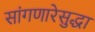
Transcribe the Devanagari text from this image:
सांगणारेसुद्धा